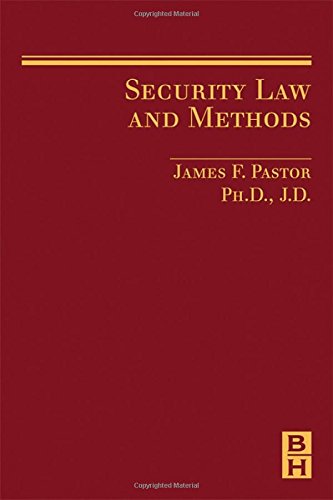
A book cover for Security Law and Methods; James Pastor PhD  JD; Law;